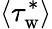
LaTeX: \langle\tau_{\mathrm{w}}^{*}\rangle